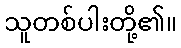
သူတစ်ပါးတို့၏။